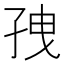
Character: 𫲥